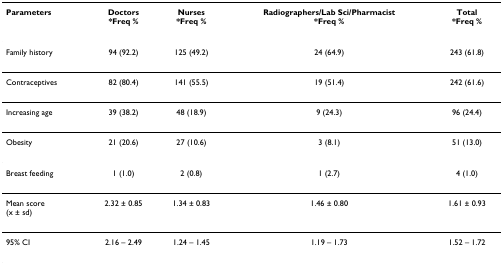
<table><thead><tr><td><b>Parameters</b></td><td><b>Doctors*Freq %</b></td><td><b>Nurses*Freq %</b></td><td><b>Radiographers/Lab Sci/Pharmacist*Freq %</b></td><td><b>Total*Freq %</b></td></tr></thead><tbody><tr><td>Family history</td><td>94 (92.2)</td><td>125 (49.2)</td><td>24 (64.9)</td><td>243 (61.8)</td></tr><tr><td>Contraceptives</td><td>82 (80.4)</td><td>141 (55.5)</td><td>19 (51.4)</td><td>242 (61.6)</td></tr><tr><td>Increasing age</td><td>39 (38.2)</td><td>48 (18.9)</td><td>9 (24.3)</td><td>96 (24.4)</td></tr><tr><td>Obesity</td><td>21 (20.6)</td><td>27 (10.6)</td><td>3 (8.1)</td><td>51 (13.0)</td></tr><tr><td>Breast feeding</td><td>1 (1.0)</td><td>2 (0.8)</td><td>1 (2.7)</td><td>4 (1.0)</td></tr><tr><td>Mean score(x ± sd)</td><td>2.32 ± 0.85</td><td>1.34 ± 0.83</td><td>1.46 ± 0.80</td><td>1.61 ± 0.93</td></tr><tr><td>95% CI</td><td>2.16 – 2.49</td><td>1.24 – 1.45</td><td>1.19 – 1.73</td><td>1.52 – 1.72</td></tr></tbody></table>